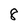
Character: 8